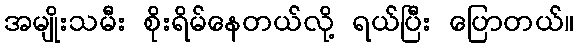
အမျိုးသမီး စိုးရိမ်နေတယ်လို့ ရယ်ပြီး ပြောတယ်။